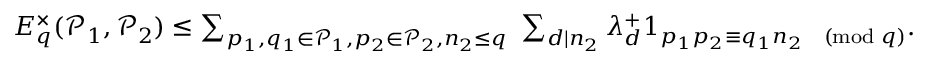
\begin{array} { r } { E _ { q } ^ { \times } ( \mathcal { P } _ { 1 } , \mathcal { P } _ { 2 } ) \leq \sum _ { p _ { 1 } , q _ { 1 } \in \mathcal { P } _ { 1 } , p _ { 2 } \in \mathcal { P } _ { 2 } , n _ { 2 } \leq q } \, \, \sum _ { d \mid n _ { 2 } } \lambda _ { d } ^ { + } 1 _ { p _ { 1 } p _ { 2 } \equiv q _ { 1 } n _ { 2 } \pmod q } . } \end{array}